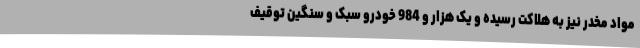
مواد مخدر نیز به هلاکت رسیده و یک هزار و 984 خودرو سبک و سنگین توقیف